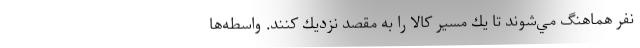
نفر هماهنگ مي‌شوند تا يك مسير كالا را به مقصد نزديك كنند. واسطه‌ها